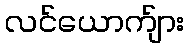
လင်ယောက်ျား